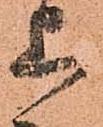
上